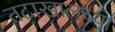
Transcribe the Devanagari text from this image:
तटाखालच्या